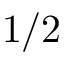
1 / 2